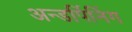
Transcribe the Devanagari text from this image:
अन्डर्पिनिंग